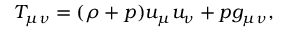
\begin{array} { r } { T _ { \mu \nu } = ( \rho + p ) u _ { \mu } u _ { \nu } + p g _ { \mu \nu } , } \end{array}